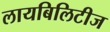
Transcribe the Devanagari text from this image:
लायबिलिटीज